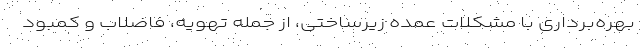
بهره‌برداری با مشکلات عمده زیرساختی، از جمله تهویه، فاضلاب و کمبود